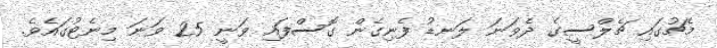
މެޗުގައި ޗެލްސީގެ ދެވަނަ ލަނޑު ފެނިގެން ގޮސްފައި ވަނީ 25 ވަނަ މިނެޓުގައެވެ.